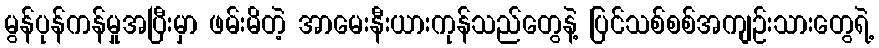
မွန်ပုန်ကန်မှုအပြီးမှာ ဖမ်းမိတဲ့ အာမေးနီးယားကုန်သည်တွေနဲ့ ပြင်သစ်စစ်အကျဉ်းသားတွေရဲ့